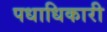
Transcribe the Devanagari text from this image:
पधाधिकारी